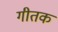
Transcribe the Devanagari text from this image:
गीतक